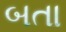
બતા